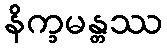
နိက္ခမန္တဿ